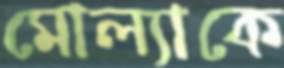
মোল্যাকে